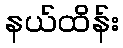
နယ်ထိန်း